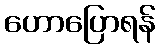
ဟောပြောရန်